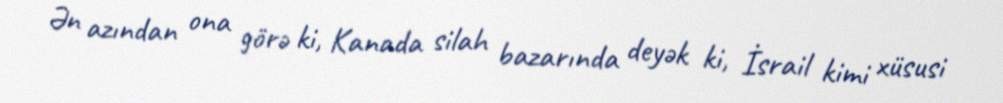
Ən azından ona görə ki, Kanada silah bazarında deyək ki, İsrail kimi xüsusi